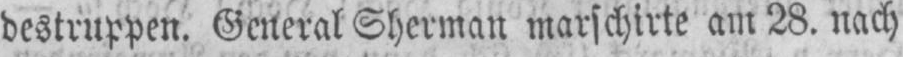
destruppen. General Sherman marschirte am 28. nach